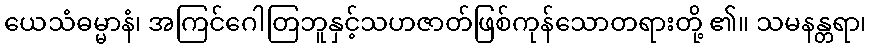
ယေသံဓမ္မာနံ၊ အကြင်ဂေါတြဘူနှင့်သဟဇာတ်ဖြစ်ကုန်သောတရားတို့ ၏။ သမနန္တရာ၊